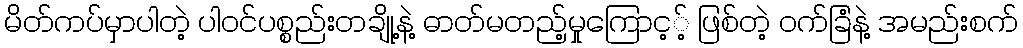
မိတ်ကပ်မှာပါတဲ့ ပါဝင်ပစ္စည်းတချို့နဲ့ ဓာတ်မတည့်မှုကြောင့့် ဖြစ်တဲ့ ဝက်ခြံနဲ့ အမည်းစက်